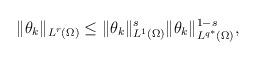
LaTeX: \begin{align*}\|\theta_k\|_{L^r(\Omega)}\leq \|\theta_k\|^s_{L^1(\Omega)}\|\theta_k\|^{1-s}_{L^{q^*}(\Omega)},\end{align*}